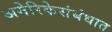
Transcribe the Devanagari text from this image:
अमेरिकेसंबंधात